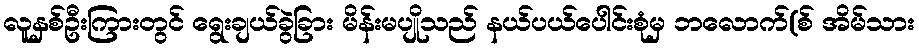
လူနှစ်ဦးကြားတွင် ရွေးချယ်ခွဲခြား မိန်းမပျိုသည် နယ်ပယ်ပေါင်းစုံမှ ဘလောက်(စ် အိမ်သား